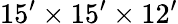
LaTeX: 15^{\prime}\times 15^{\prime}\times 12^{\prime}